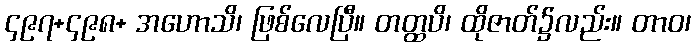
၄၉၇+၄၉၈+ အဟောသိ၊ ဖြစ်လေပြီ။ တတ္ထပိ၊ ထိုဇာတ်၌လည်း။ တာဝ၊